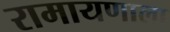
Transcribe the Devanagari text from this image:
रामायणाला